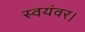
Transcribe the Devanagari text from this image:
स्वयंवर।